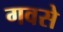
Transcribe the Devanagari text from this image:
गवसे